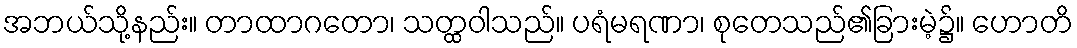
အဘယ်သို့နည်း။ တာထာဂတော၊ သတ္ထဝါသည်။ ပရံမရဏာ၊ စုတေသည်၏ခြားမဲ့၌။ ဟောတိ